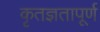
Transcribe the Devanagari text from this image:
कृतज्ञतापूर्ण